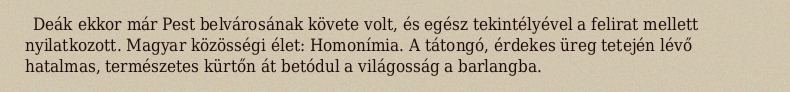
Deák ekkor már Pest belvárosának követe volt, és egész tekintélyével a felirat mellett nyilatkozott. Magyar közösségi élet: Homonímia. A tátongó, érdekes üreg tetején lévő hatalmas, természetes kürtőn át betódul a világosság a barlangba.